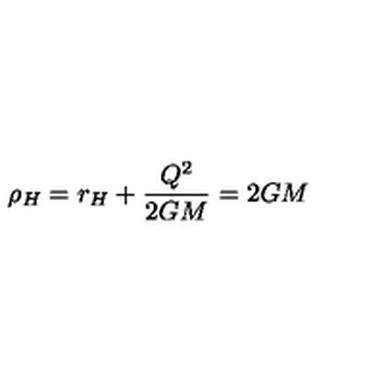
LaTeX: \rho _ { H } = r _ { H } + \frac { Q ^ { 2 } } { 2 G M } = 2 G M